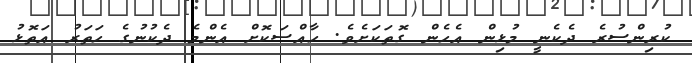
ކުރިންސުރެ ދެކެނީ މުޅިން އެހެން ގޮތަކަށެވެ. ހާއްސަކޮށް އެންމެ ދެކުނުގެ ހަތަރު އަތޮޅު